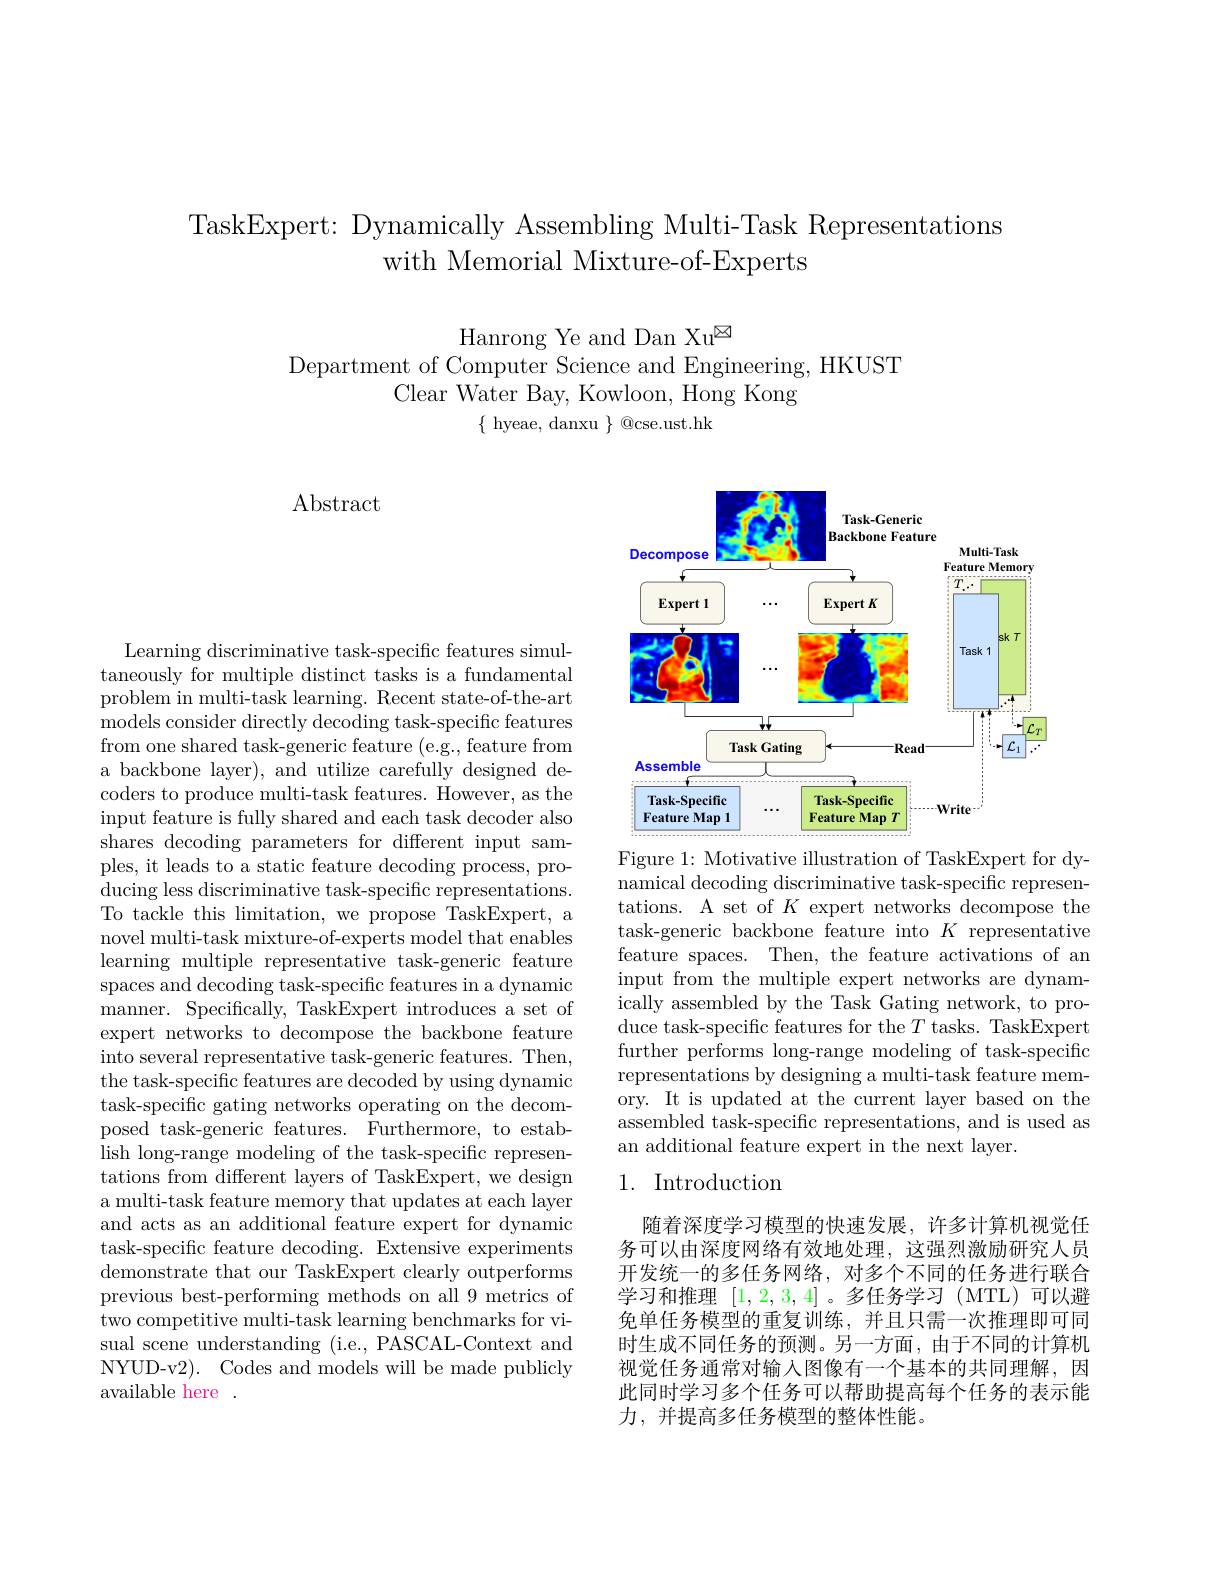
TaskExpert: Dynamically Assembling Multi-Task Representations
with Memorial Mixture-of-Experts

Hanrong Ye and Dan Xu$^{\textcircled{\mathrm{m}}}$
Department of Computer Science and Engineering, HKUST
Clear Water Bay, Kowloon, Hong Kong
$\{$ hyeae, danxu $\}$ @cse.ust.hk

Abstract

Learning discriminative task-specific features simultaneously for multiple distinct tasks is a fundamental problem in multi-task learning. Recent state-of-the-art models consider directly decoding task-specific features from one shared task-generic feature (e.g., feature from a backbone layer), and utilize carefully designed decoders to produce multi-task features. However, as the input feature is fully shared and each task decoder also shares decoding parameters for different input samples, it leads to a static feature decoding process, producing less discriminative task-specific representations. To tackle this limitation, we propose TaskExpert, a novel multi-task mixture-of-experts model that enables learning multiple representative task-generic feature spaces and decoding task-specific features in a dynamic manner. Specifically, TaskExpert introduces a set of expert networks to decompose the backbone feature into several representative task-generic features. Then, the task-specific features are decoded by using dynamic task-specific gating networks operating on the decomposed task-generic features. Furthermore, to establish long-range modeling of the task-specific representations from different layers of TaskExpert, we design a multi-task feature memory that updates at each layer and acts as an additional feature expert for dynamic task-specific feature decoding. Extensive experiments demonstrate that our TaskExpert clearly outperforms previous best-performing methods on all 9 metrics of two competitive multi-task learning benchmarks for visual scene understanding (i.e., PASCAL-Context and NYUD-v2). Codes and models will be made publicly available here .

<FigureHere>

Figure 1: Motivative illustration of TaskExpert for dy- $\bar{\text{namical decoding discriminative task-specific represen-}}$ tations. A set of $K$ expert networks decompose the task-generic backbone feature into $K$ representative feature spaces. Then, the feature activations of an input from the multiple expert networks are dynam- $\dot{\text{ically assembled by the Task Gating network, to pro-}}$ duce task-specific features for the $T$ tasks. TaskExpert further performs long-range modeling of task-specific representations by designing a multi-task feature memory. It is updated at the current layer based on the assembled task-specific representations, and is used as an additional feature expert in the next layer.

# 1. Introduction

随着深度学习模型的快速发展，许多计算机视觉任务可以由深度网络有效地处理，这强烈激励研究人员开发统一的多任务网络，对多个不同的任务进行联合学习和推理[1,2,3,4]。多任务学习(MTL)可以避免单任务模型的重复训练，并且只需一次推理即可同时生成不同任务的预测。另一方面，由于不同的计算机视觉任务通常对输入图像有一个基本的共同理解，因此同时学习多个任务可以帮助提高每个任务的表示能力，并提高多任务模型的整体性能。